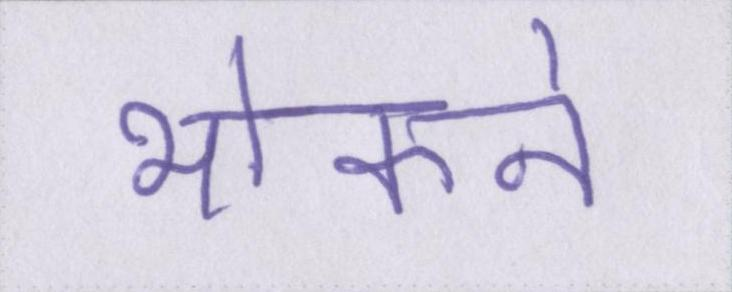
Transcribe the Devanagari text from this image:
भोकने